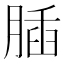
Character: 𦝥